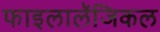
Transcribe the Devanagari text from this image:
फाइलालॅजिकल